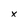
Character: x